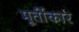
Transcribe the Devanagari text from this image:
मूर्तीकार